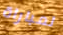
لمباراة